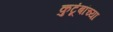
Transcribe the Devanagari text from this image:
कुटूंबांच्या